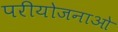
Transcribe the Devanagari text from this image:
परीयोजनाओ